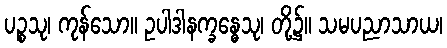
ပဉ္စသု၊ ကုန်သော။ ဥပါဒါနက္ခန္ဓေသု၊ တို့၌။ သမပညာသာယ၊